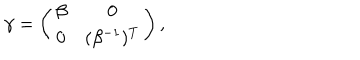
\gamma = \left( \begin{array} { c c } { { \beta } } & { { 0 } } \\ { { 0 } } & { { ( \beta ^ { - 1 } ) ^ { T } } } \\ \end{array} \right) ,